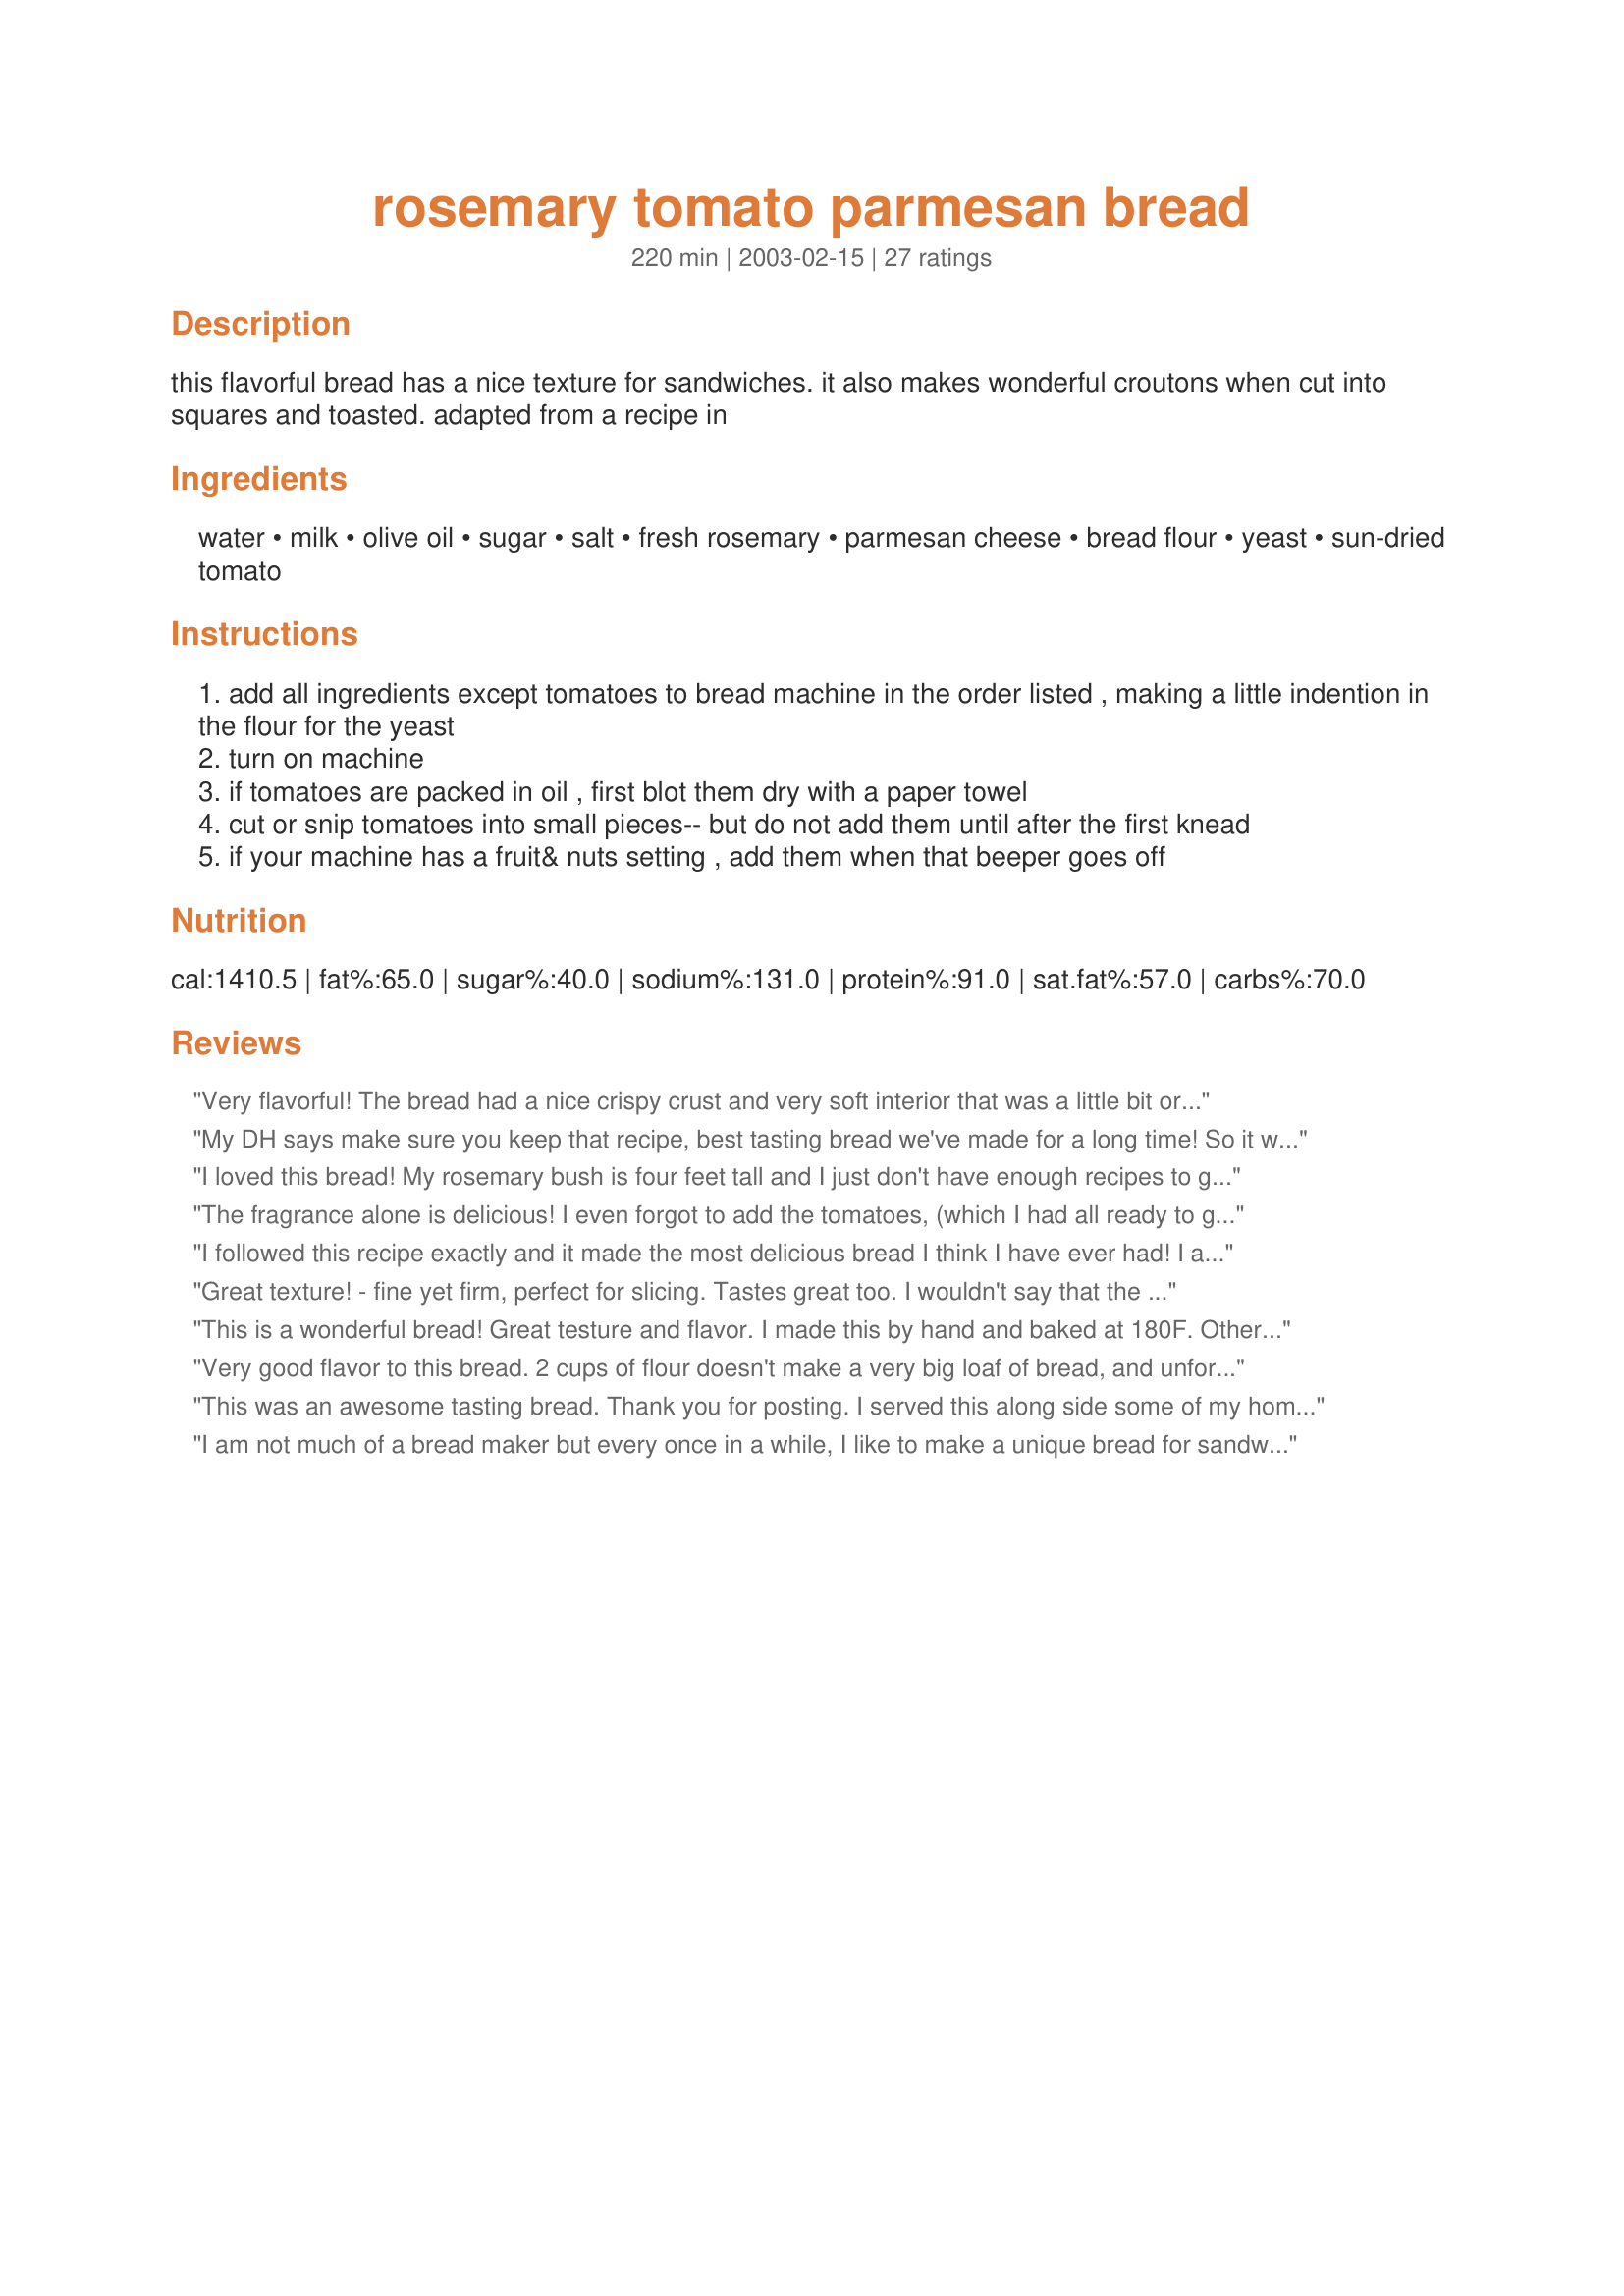
rosemary tomato parmesan bread
Preparation time: 220 minutes

this flavorful bread has a nice texture for sandwiches. it also makes wonderful croutons when cut into squares and toasted. adapted from a recipe in

Ingredients:
water, milk, olive oil, sugar, salt, fresh rosemary, parmesan cheese, bread flour, yeast, sun-dried tomato

Steps:
add all ingredients except tomatoes to bread machine in the order listed , making a little indention in the flour for the yeast
turn on machine
if tomatoes are packed in oil , first blot them dry with a paper towel
cut or snip tomatoes into small pieces-- but do not add them until after the first knead
if your machine has a fruit& nuts setting , add them when that beeper goes off

Reviews:
Very flavorful! The bread had a nice crispy crust and very soft interior that was a little bit orange from the tomatoes here and there. My bread wasn't overly cheesy tasting but I used pre-grated cheese, next time I will use freshly grated for more flavor. There was a lot of rosemary and tomato flavor though! Thanks for posting!
My DH says make sure you keep that recipe, best tasting bread we've made for a long time! So it will go in our bread recipe drawer. The fresh rosemary, and the parmesan cheese are just a wonderful combination for taste! I had no dried tomatoes in so I replaced them with chopped walnuts, yummy! worked out perfect. Thanks for sharing a good one Moxie.
I loved this bread! My rosemary bush is four feet tall and I just don't have enough recipes to get rid of it all. The whole loaf was gone the first day and I found myself making another one the next day. I like it well toasted and topped with some fresh tuna salad.
The flavors are wonderful.
The fragrance alone is delicious! I even forgot to add the tomatoes, (which I had all ready to go), but we didn't miss them - it was a fantastic loaf of "Rosemary-Parmesan" bread!
I followed this recipe exactly and it made the most delicious bread I think I have ever had! I am saving this one as a favorite and will enjoy for years to come. Thanks!
Great texture! - fine yet firm, perfect for slicing. Tastes great too. I wouldn't say that the tomatoes add much, but that's probably because I used dried and did not reconstitute. (made in my Panasonic machine, with light setting)
This is a wonderful bread! Great testure and flavor. I made this by hand and baked at 180F. Otherwise I didn't change a thing. I'm sure it would be great toasted, but we ate the whole thing. Thanks!
Very good flavor to this bread. 2 cups of flour doesn't make a very big loaf of bread, and unfortunately mine burned a bit where it didn't touch the edges of the pan. Next time I will use the bread machine to the dough stage, then cook it myself. The texture was light and it slice very nicely too. Thanks for sharing!
This was an awesome tasting bread. Thank you for posting. I served this along side some of my homemade spagetti. Had olive oil and balsamic vinagar to dip it in. I think this bread would make a delicious brushetta. I'll have to try that next time. Thanks again.
I am not much of a bread maker but every once in a while, I like to make a unique bread for sandwiches. This was perfect. The fresh rosemary was the key ingredient I thought. Very aromatic and full of flavor. The tomatoes were great too. The bread didn't last very long because we couldn't stop eating. Thanks moxie, for a wonderful recipe.
This bread is divine. It tasted great fresh out of the breadmaker, and was even better toasted. I used some of it to make grilled cheese sandwiches, and they were the best grilled cheese sandwiches I've ever tasted. Thanks for such a great recipe, Moxie.
Superb. Thank you
YUMMY!! I wasn't going to be home to wait for the fruits & nuts setting, so I just went ahead and dumped everything in all at once. The sun-dried tomatoes turned the bread a beautiful orange color. Lovely and moist. We couldn't really taste the parmesan, but the bread was delicious! I made a turkey and provelone sandwich for DH out of it for his lunch today. :)
This is so easy, yet so DIVINE!!! This bread is delicious by itself but even better in a panini sandwich! This is by far my favorite bread machine recipe - so very VERY worth a try!
PICK YOUR CHEF November 2004: This is awesome bread. Very fluffy and flavorful and great with our meal of lasagna tonight. I had to add an additional 1/4 cup of flour because it looked really sticky. I used dried grape tomatoes, as this is all my store had, but other than that, followed to a "T". Thanks for posting!
This is sooo good. Have also tried it with oregano in place of the rosemary and want to make a loaf with sweet basil instead of rosemary. Very versatile and makes wonderful panini sandwiches although I like it just plain.
Delicious, We had company for dinner and we ate the whole loaf.
Will defintely be making this again soon, Thanks for posting the recipe.
Fantastic bread. Goes very well with turkey...or just plain. I have made this several times now. Thanks for sharing!
Awesome! Makes a great grilled ham and cheese sandwich. Although we made it without the tomato and used dried rosemary
DD & I enjoyed this w/ our lunch today with salads. It smelled wonderful baking and we were definitely ready to enjoy it when it was done. I followed the recipe and got to use the "fruit/nuts" cycle on the ABM. Great balance of flavors and perfect sized loaf for the two of us.... had some for lunch and sent half of what was left home w/ DD. I'm thinking this recipe would make lovely dinner rolls to go w/ soup during the winter.
I don`t know what happened I followed the recipe and found it dry.
Very tasty bread! I will say that I didn't use the fresh rosemary, I used about 1 teaspoon of dried, but it was still wonderful! Thanks for a recipe to add to my collection!
Very tasty bread! I did it by hand and came out perfect.
Definately recomended!
Can we say wonderful boys and girls? I love a good flavorful bread that I can throw into the bread machine. I used Mirj's oven dried tomatoes for this recipe and the aroma was to die for. Lovely color and crusty on top. Definitely will be making this one often!
My bread machine broke while making this, and it still was EXCELLENT! Top notch!
This bread is bursting with flavor! I doubled the recipe and made it up by hand, including the water that I soaked the tomatoes in. A double recipe yielded 16 45-gram and 6 55-gram rolls. Thank you for the recipe.
It looked yummy and all the reviews are so nice . Alas I accidentally added 2xs the milk. Boo hoo I'll keep you updated on the sad results lol
